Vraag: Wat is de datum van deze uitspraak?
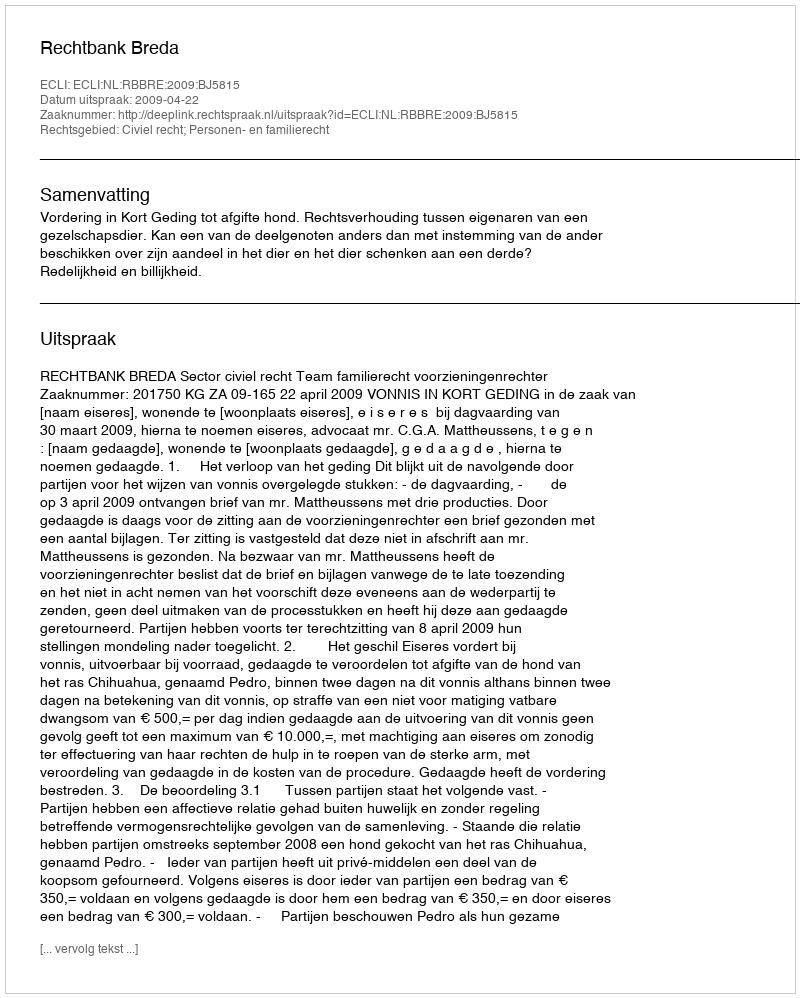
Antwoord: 2009-04-22